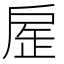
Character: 𢩏